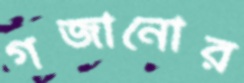
গজানোর